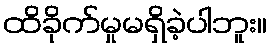
ထိခိုက်မှုမရှိခဲ့ပါဘူး။